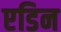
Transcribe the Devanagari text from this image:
एडिन